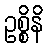
ဥစ္စိနိ